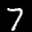
Label: 7